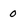
Character: 0